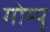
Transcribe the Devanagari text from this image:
गोम्‍पू